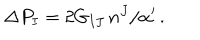
\Delta P _ { I } = 2 G _ { I J } \, n ^ { J } / \alpha ^ { \prime } \, .